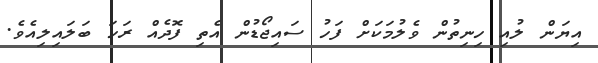
އިޔަން ލުއި ހިނިތުން ވެލުމަކަށް ފަހު ސައިޖޯޑުން އެތި ފޮދެއް ރަހަ ބަލައިލިއެވެ.